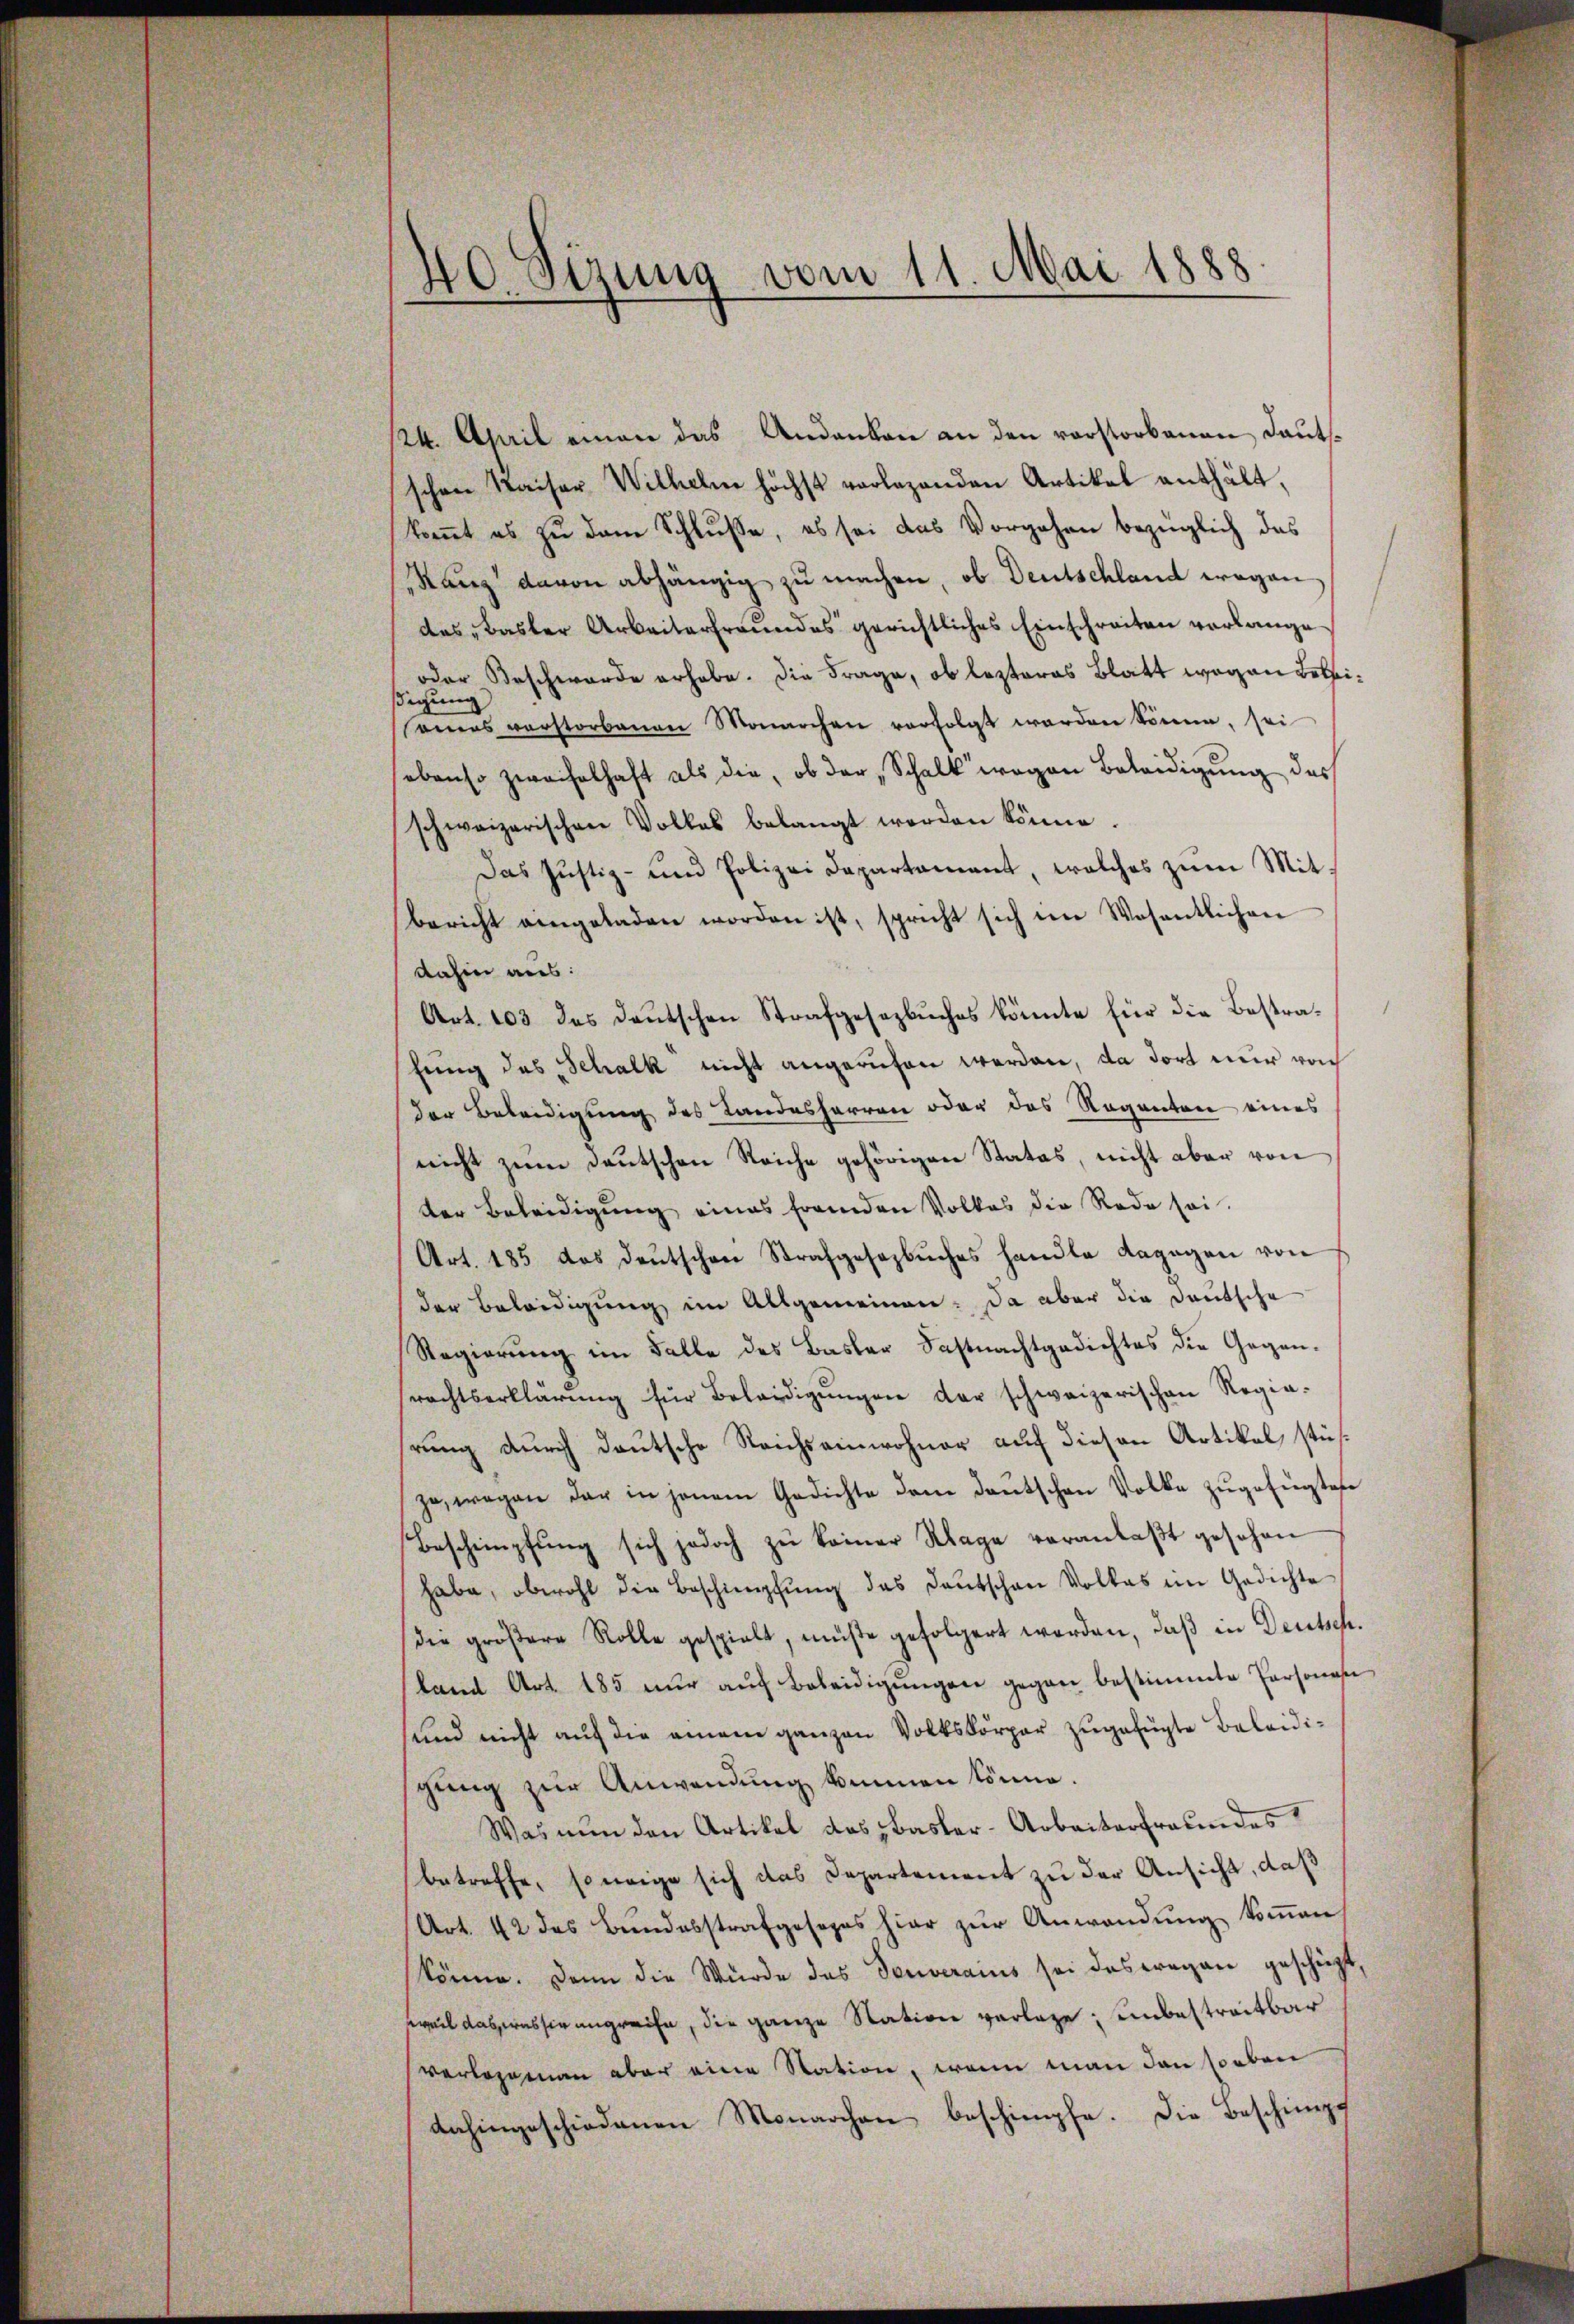
40. Sizung vom 11. Mai 1888

124. April einen das Andanken an den vorstorbenen Lautsschen Kaiser Wilhelm höchst vorlegenden Artikel enthält,
komt es zu dem Schluße, es sei das Vorgehen bezüglich das
Ranz davon abhängig zu machen, ob Deutschland wegen
das Basler Arbeiterfreundes gerichtliches Einschreiten verlange
s zu der Beschwerde erhabe. Die Frage, ob lezteres Blatt wegen Beleiseines verstorbenen Monochen verfolgt werden könne, sei
sebenso zweifelhaft als die, ob der „Schalk wegen Beleidigŭng des
schweizerischen Volkes belangt werden könne.
Das Justiz- und Polizei Departament, welches zum Mit-
Bericht eingeladen worden ist, spricht sich den Wesentlichen
dahin aus:
Art. 103 des deŭtschen Strafgesezbŭches könnte für die Bestrafung des „Schalk nicht angerufen werden, da dort nur von
der Beleidigung des Landesherren oder das Regenten eines
nicht zŭm Deutschen Reiche gehörigen Status, nicht aber von
der Beleidigung eines fremden Volkes die Rede sei.
Art. 185 das deŭtschen Strafgesezbŭches handle dagegen von
der Beleidigung im Allgemeinen: Da aber die Deutsche
Regierung im Falle des Basler Fastnachtgedichtes die Gegen-
srechtserklärŭng für Beleidigŭngen der schweizerischen Regie-
rung durch deutsche Reichseinwohner auf diesen Artikel, stüszu, wegen der in jenem Gedichte dem deŭtschen Volke zŭgefügtese
Beschimpfung sich jedoch zu keiner Klage veranlaßt gesehen
habe, obwohl die Beschimpfŭng des Deutschen Volkes im Gedichte
die größere Rolle gespielt, müße gefolgert worden, daß in Deutsch.
land Art. 185 nŭr aŭf Beleidigŭngen gegen bestimmte Persona
sund nicht auf die einem ganzen Volkskörper zugefügte Beleidisgung zur Anwendung kennen könne.
Was nun den Artikel das Basler-Arbeiterfreundes
betreffe, so eige sich das Departement zu der Ansicht, daß
Art. 42 des Bundesstrafgesezes hier zŭr Anwendung kommen,
könne. Dann die Würde das Souverains sei das Fragen geschüzt,
weil dasseressir angreife, die ganze Station vorlage; unbestreitbar
verlegeman aber eine Station, wenn man den soeben
dahingeschiedenen Monarchen beschimpfe. Die Beschimpf